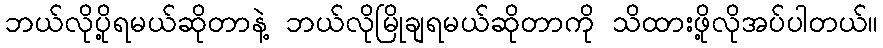
ဘယ်လိုပို့ရမယ်ဆိုတာနဲ့ ဘယ်လိုမြိုချရမယ်ဆိုတာကို သိထားဖို့လိုအပ်ပါတယ်။